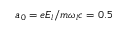
a _ { 0 } = e E _ { l } / m \omega _ { l } c = 0 . 5